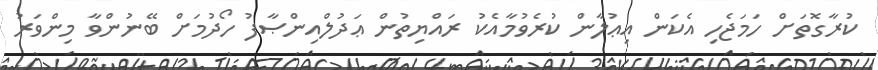
ކުރާގޮތަށް ހަމަޖެހި އެކަން އިޢުލާން ކުރެވުމާއެކު ރައްޔިތުން ޢަދުލްއިންޞާފު ހޯދުމަށް ބޭނުންވާ މިންވަރު